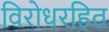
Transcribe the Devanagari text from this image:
विरोधरहित